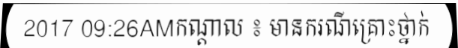
2017 09:26AMកណ្តាល ៖ មានករណីគ្រោះថ្នាក់